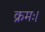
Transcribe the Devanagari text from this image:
क्रमः।